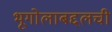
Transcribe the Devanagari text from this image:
भूगोलाबद्दलची